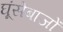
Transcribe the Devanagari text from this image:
घूंसेबाजों